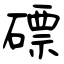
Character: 磦